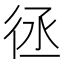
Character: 𢓞